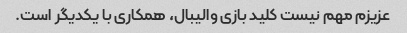
عزیزم مهم نیست کلید بازی والیبال، همکاری با یکدیگر است.